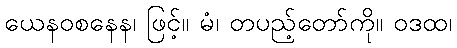
ယေနဝစနေန၊ ဖြင့်။ မံ၊ တပည့်တော်ကို။ ဝဒထ၊